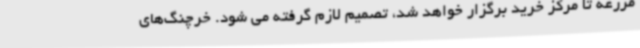
مزرعه تا مرکز خرید برگزار خواهد شد، تصمیم لازم گرفته می شود. خرچنگ‌های